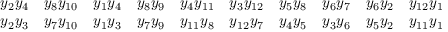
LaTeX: \begin{array} { r l r l r l r l r l } { { y _ { 2 } y _ { 4 } } } & { { y _ { 8 } y _ { 1 0 } } } & { { y _ { 1 } y _ { 4 } } } & { { y _ { 8 } y _ { 9 } } } & { { y _ { 4 } y _ { 1 1 } } } & { { y _ { 3 } y _ { 1 2 } } } & { { y _ { 5 } y _ { 8 } } } & { { y _ { 6 } y _ { 7 } } } & { { y _ { 6 } y _ { 2 } } } & { { y _ { 1 2 } y _ { 1 } } } \\ { { y _ { 2 } y _ { 3 } } } & { { y _ { 7 } y _ { 1 0 } } } & { { y _ { 1 } y _ { 3 } } } & { { y _ { 7 } y _ { 9 } } } & { { y _ { 1 1 } y _ { 8 } } } & { { y _ { 1 2 } y _ { 7 } } } & { { y _ { 4 } y _ { 5 } } } & { { y _ { 3 } y _ { 6 } } } & { { y _ { 5 } y _ { 2 } } } & { { y _ { 1 1 } y _ { 1 } } } \end{array}